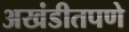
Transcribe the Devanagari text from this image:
अखंडीतपणे